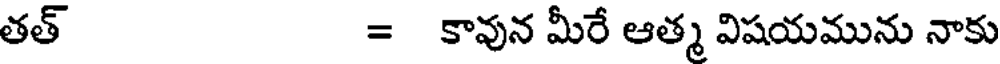
తత్ = కావున మీరే ఆత్మ విషయమును నాకు